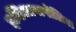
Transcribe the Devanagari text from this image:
इन्डिआनापोलिस